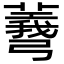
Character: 𢐯